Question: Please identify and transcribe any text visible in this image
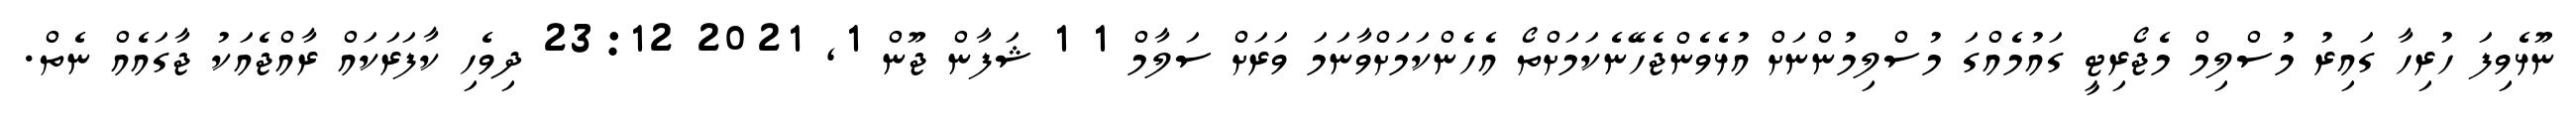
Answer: ނޫޅެވިފަ ހުރިހާ ގައިރު މުސްލިމް މެޖޯރިޓީ ގައުމެއްގަ މުސްލިމުންނަށް އުޅެވެންޖެހޭނެކަމަށްތޯ އެހެންކަމަށްވާނަމަ ވަރަށް ސަލާމް 1 1 ޝަފާން ޖޫން 1, 2021 23:12 ދިވެހި ކާފަރަކައް ރާއްޖެއަކު ޖާގައެއް ނެތް.